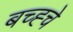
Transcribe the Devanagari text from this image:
बच्ह्चे